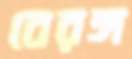
বেরঙ্গ